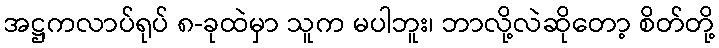
အဋ္ဌကလာပ်ရုပ် ၈-ခုထဲမှာ သူက မပါဘူး၊ ဘာလို့လဲဆိုတော့ စိတ်တို့